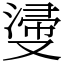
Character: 𣺎